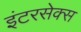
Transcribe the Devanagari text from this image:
इंटरसेक्स